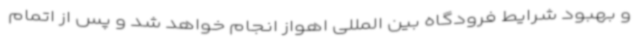
و بهبود شرایط فرودگاه بین المللی اهواز انجام خواهد شد و پس از اتمام